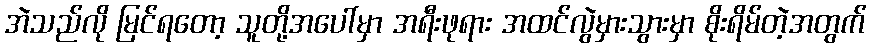
အဲသည်လို မြင်ရတော့ သူတို့အပေါ်မှာ အရီးဖုရား အထင်လွဲမှားသွားမှာ စိုးရိမ်တဲ့အတွက်